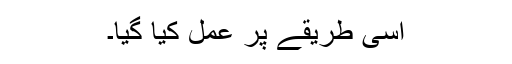
اسى طریقے پر عمل کیا گیا۔